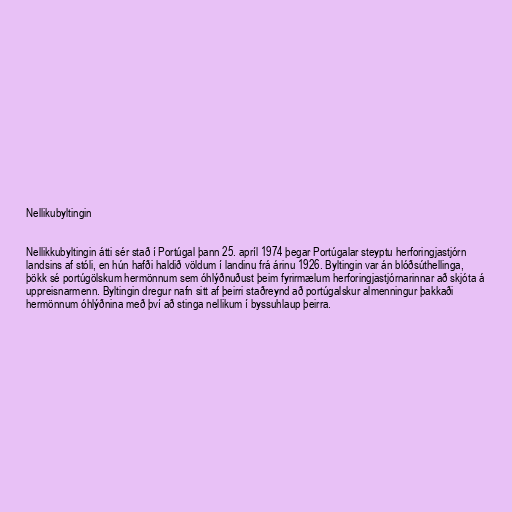
Nellikubyltingin

Nellikkubyltingin átti sér stað í Portúgal þann 25. apríl 1974 þegar Portúgalar steyptu herforingjastjórn
landsins af stóli, en hún hafði haldið völdum í landinu frá árinu 1926. Byltingin var án blóðsúthellinga,
þökk sé portúgölskum hermönnum sem óhlýðnuðust þeim fyrirmælum herforingjastjórnarinnar að skjóta á
uppreisnarmenn. Byltingin dregur nafn sitt af þeirri staðreynd að portúgalskur almenningur þakkaði
hermönnum óhlýðnina með því að stinga nellikum í byssuhlaup þeirra.